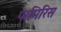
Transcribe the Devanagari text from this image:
पामिरिस